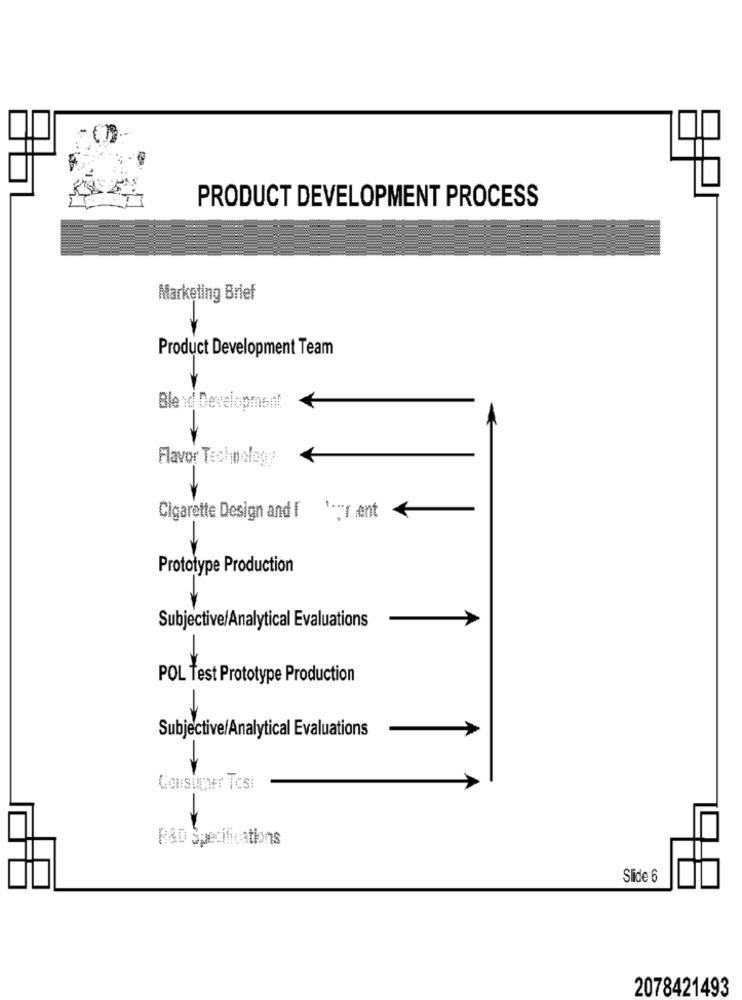
PRODUCT DEVELOPMENT PROCESS
Marketing Brief
Product Development Team
Ble id Development
Flavor Technology
Cigarette Design and [ ';r ent
Prototype Production
Subjective/Analytical Evaluations
POL Test Prototype Production
Subjective/Analytical Evaluations
Consigowr Tosi
Slide 6
2078421493